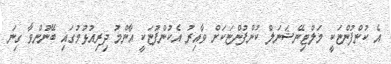
އެ ކުންފުންޏަކީ މަލްޓިނޭޝަނަލް ކުންފުންޏަކަށް ވާއިރު އެކުންފުޏަކީ އާންމު ދިރިއުޅުމުގައި ބޭނުންވާ ގިނަ